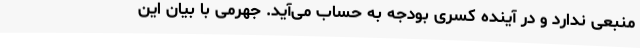
منبعی ندارد و در آینده کسری بودجه به حساب می‌آید. جهرمی با بیان این